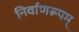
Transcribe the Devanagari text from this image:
निर्वाणरूपम्